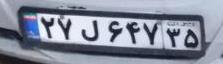
۲۷ل۶۴۷۳۵